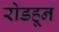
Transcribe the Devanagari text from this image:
रोडहून